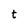
Character: t